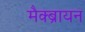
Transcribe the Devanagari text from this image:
मैक्ब्रायन